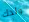
ولدك